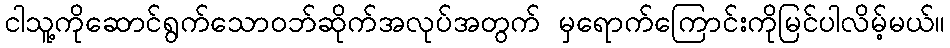
ငါသူ့ကိုဆောင်ရွက်သောဝဘ်ဆိုက်အလုပ်အတွက် မှရောက်ကြောင်းကိုမြင်ပါလိမ့်မယ်။